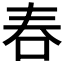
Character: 𠰫